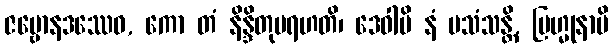
ဇမ္ဗောနဒဿေဝ, ကော တံ နိန္ဒိတုမရဟတိ၊ ဒေဝါပိ နံ ပသံသန္တိ, ဗြဟ္မုနာပိ